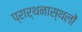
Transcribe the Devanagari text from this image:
प्रार्थनास्थलों